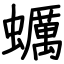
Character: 蠣